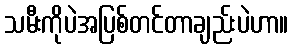
သမီးကိုပဲအပြစ်တင်တာချည်းပဲဟာ။